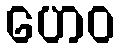
ဟေဝ